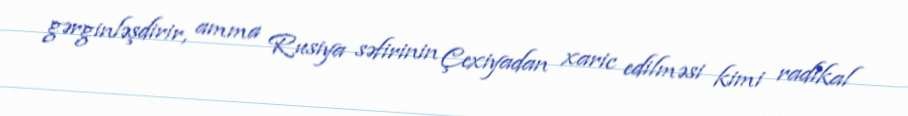
gərginləşdirir, amma Rusiya səfirinin Çexiyadan xaric edilməsi kimi radikal